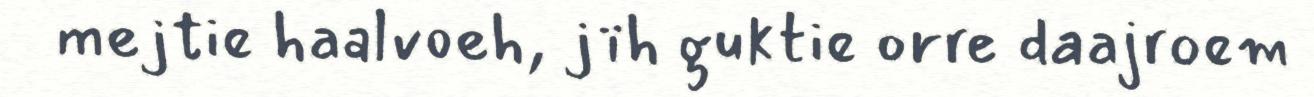
mejtie haalvoeh, jïh guktie orre daajroem